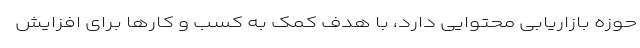
حوزه بازاریابی محتوایی دارد، با هدف کمک به کسب و کارها برای افزایش